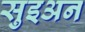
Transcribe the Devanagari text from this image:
सुइअन